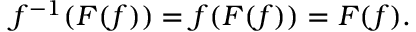
f ^ { - 1 } ( F ( f ) ) = f ( F ( f ) ) = F ( f ) .